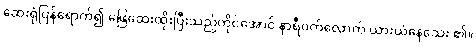
ဆေးရုံပြန်ရောက်၍ ဖြေဆေးထိုးပြီးသည့်တိုင်အောင် နာရီဝက်လောက် ယားယံနေသေး ၏။